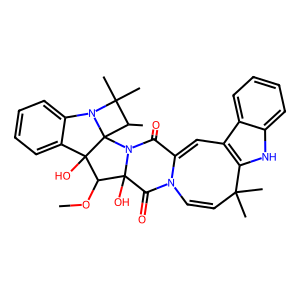
SMILES: COC1C2(O)C(=O)N3C=CC(C)(C)c4[nH]c5ccccc5c4C=C3C(=O)N2C23C(C)C(C)(C)N2c2ccccc2C13O
Inhibits HIV replication: No